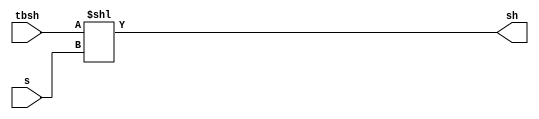
module shift_unit(input[31:0]tbsh,s,output[31:0]sh);
assign sh=tbsh<<s;
endmodule